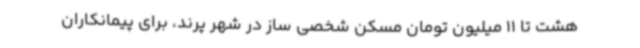
هشت تا 11 میلیون تومان مسکن شخصی ساز در شهر پرند، برای پیمانکاران‌